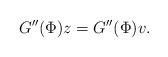
LaTeX: \begin{align*}G''(\Phi)z=G''(\Phi)v.\end{align*}